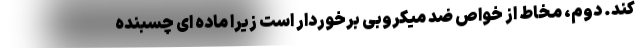
کند. دوم، مخاط از خواص ضد میکروبی برخوردار است زیرا ماده ای چسبنده